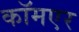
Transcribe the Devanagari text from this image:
कॉमएर